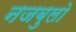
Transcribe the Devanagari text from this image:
नजबुलो